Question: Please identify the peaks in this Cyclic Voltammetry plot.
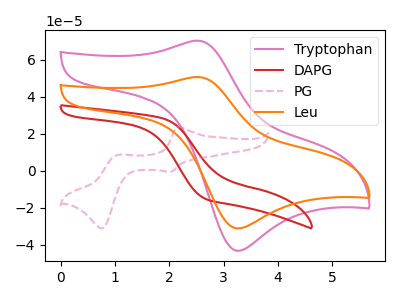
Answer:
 <answer>The pink curve "Tryptophan" has an anodic peak at (2.50V, 70.35uA) and a cathodic peak at (3.30V, -43.20uA). The red curve "DAPG" has no peaks. The pink dashed curve "PG" has anodic peaks at (2.15V, 23.90uA) (1.05V, 8.55uA) and cathodic peaks at (2.00V, -0.60uA) (0.75V, -31.10uA). The orange curve "Leu" has an anodic peak at (2.50V, 50.70uA) and a cathodic peak at (3.30V, -31.15uA).</answer>
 <eval></eval>